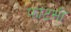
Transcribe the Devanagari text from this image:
फांटसी